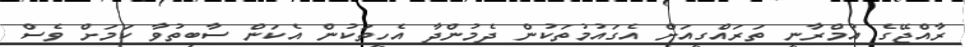
ރާއްޖޭގެ އުމްރާނީ ތަރައްގީއަށް އެގައުމުތަކުން ދެމުންދާ އެހީތަކުން އެކަން ސާބިތުވާ ކަމަށް ވެސް